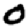
Digit: 0